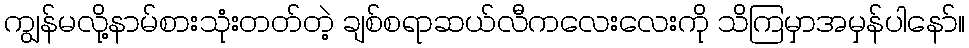
ကျွန်မလို့နာမ်စားသုံးတတ်တဲ့ ချစ်စရာဆယ်လီကလေးလေးကို သိကြမှာအမှန်ပါနော်။